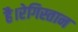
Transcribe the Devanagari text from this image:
है।रेगिस्तान